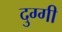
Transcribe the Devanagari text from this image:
दुग्गी